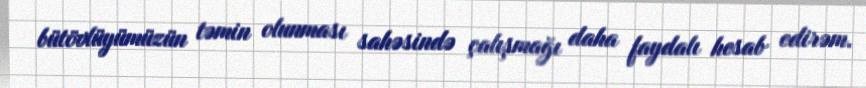
bütövlüyümüzün təmin olunması sahəsində çalışmağı daha faydalı hesab edirəm.